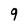
Character: 9